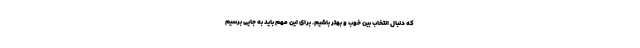
که دنبال انتخاب بین خوب و بهتر باشیم. برای این مهم باید به جایی برسیم